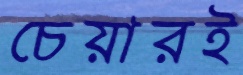
চেয়ারই